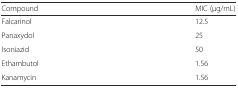
<table><thead><tr><td><b>Compound</b></td><td><b>MIC (μg/mL)</b></td></tr></thead><tbody><tr><td>Falcarinol</td><td>12.5</td></tr><tr><td>Panaxydol</td><td>25</td></tr><tr><td>Isoniazid</td><td>50</td></tr><tr><td>Ethambutol</td><td>1.56</td></tr><tr><td>Kanamycin</td><td>1.56</td></tr></tbody></table>